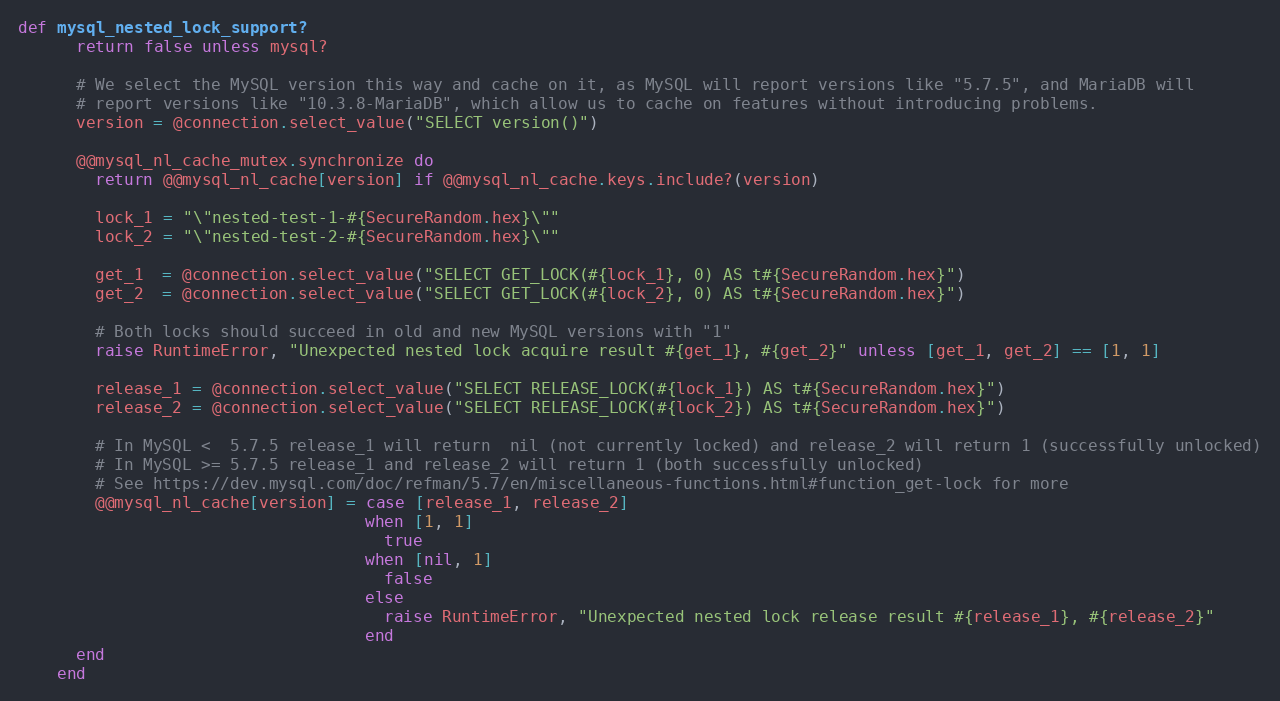
Language: Ruby
def mysql_nested_lock_support?
      return false unless mysql?

      # We select the MySQL version this way and cache on it, as MySQL will report versions like "5.7.5", and MariaDB will
      # report versions like "10.3.8-MariaDB", which allow us to cache on features without introducing problems.
      version = @connection.select_value("SELECT version()")

      @@mysql_nl_cache_mutex.synchronize do
        return @@mysql_nl_cache[version] if @@mysql_nl_cache.keys.include?(version)

        lock_1 = "\"nested-test-1-#{SecureRandom.hex}\""
        lock_2 = "\"nested-test-2-#{SecureRandom.hex}\""

        get_1  = @connection.select_value("SELECT GET_LOCK(#{lock_1}, 0) AS t#{SecureRandom.hex}")
        get_2  = @connection.select_value("SELECT GET_LOCK(#{lock_2}, 0) AS t#{SecureRandom.hex}")

        # Both locks should succeed in old and new MySQL versions with "1"
        raise RuntimeError, "Unexpected nested lock acquire result #{get_1}, #{get_2}" unless [get_1, get_2] == [1, 1]

        release_1 = @connection.select_value("SELECT RELEASE_LOCK(#{lock_1}) AS t#{SecureRandom.hex}")
        release_2 = @connection.select_value("SELECT RELEASE_LOCK(#{lock_2}) AS t#{SecureRandom.hex}")

        # In MySQL <  5.7.5 release_1 will return  nil (not currently locked) and release_2 will return 1 (successfully unlocked)
        # In MySQL >= 5.7.5 release_1 and release_2 will return 1 (both successfully unlocked)
        # See https://dev.mysql.com/doc/refman/5.7/en/miscellaneous-functions.html#function_get-lock for more
        @@mysql_nl_cache[version] = case [release_1, release_2]
                                    when [1, 1]
                                      true
                                    when [nil, 1]
                                      false
                                    else
                                      raise RuntimeError, "Unexpected nested lock release result #{release_1}, #{release_2}"
                                    end
      end
    end